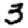
Digit: 3